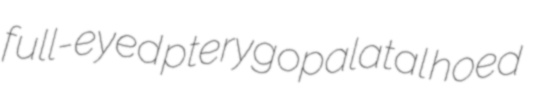
full-eyed pterygopalatal hoed